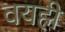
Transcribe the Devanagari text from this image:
वयही